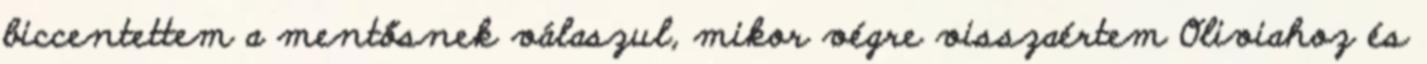
biccentettem a mentősnek válaszul, mikor végre visszaértem Oliviahoz és